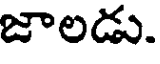
జాలడు.